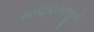
ભાણદાસજીએ